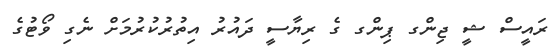
ރައީސް ޝީ ޖިންގ ޕިންގ ގެ ރިޔާސީ ދައުރު އިތުރުކުރުމަށް ނެގި ވޯޓުގެ